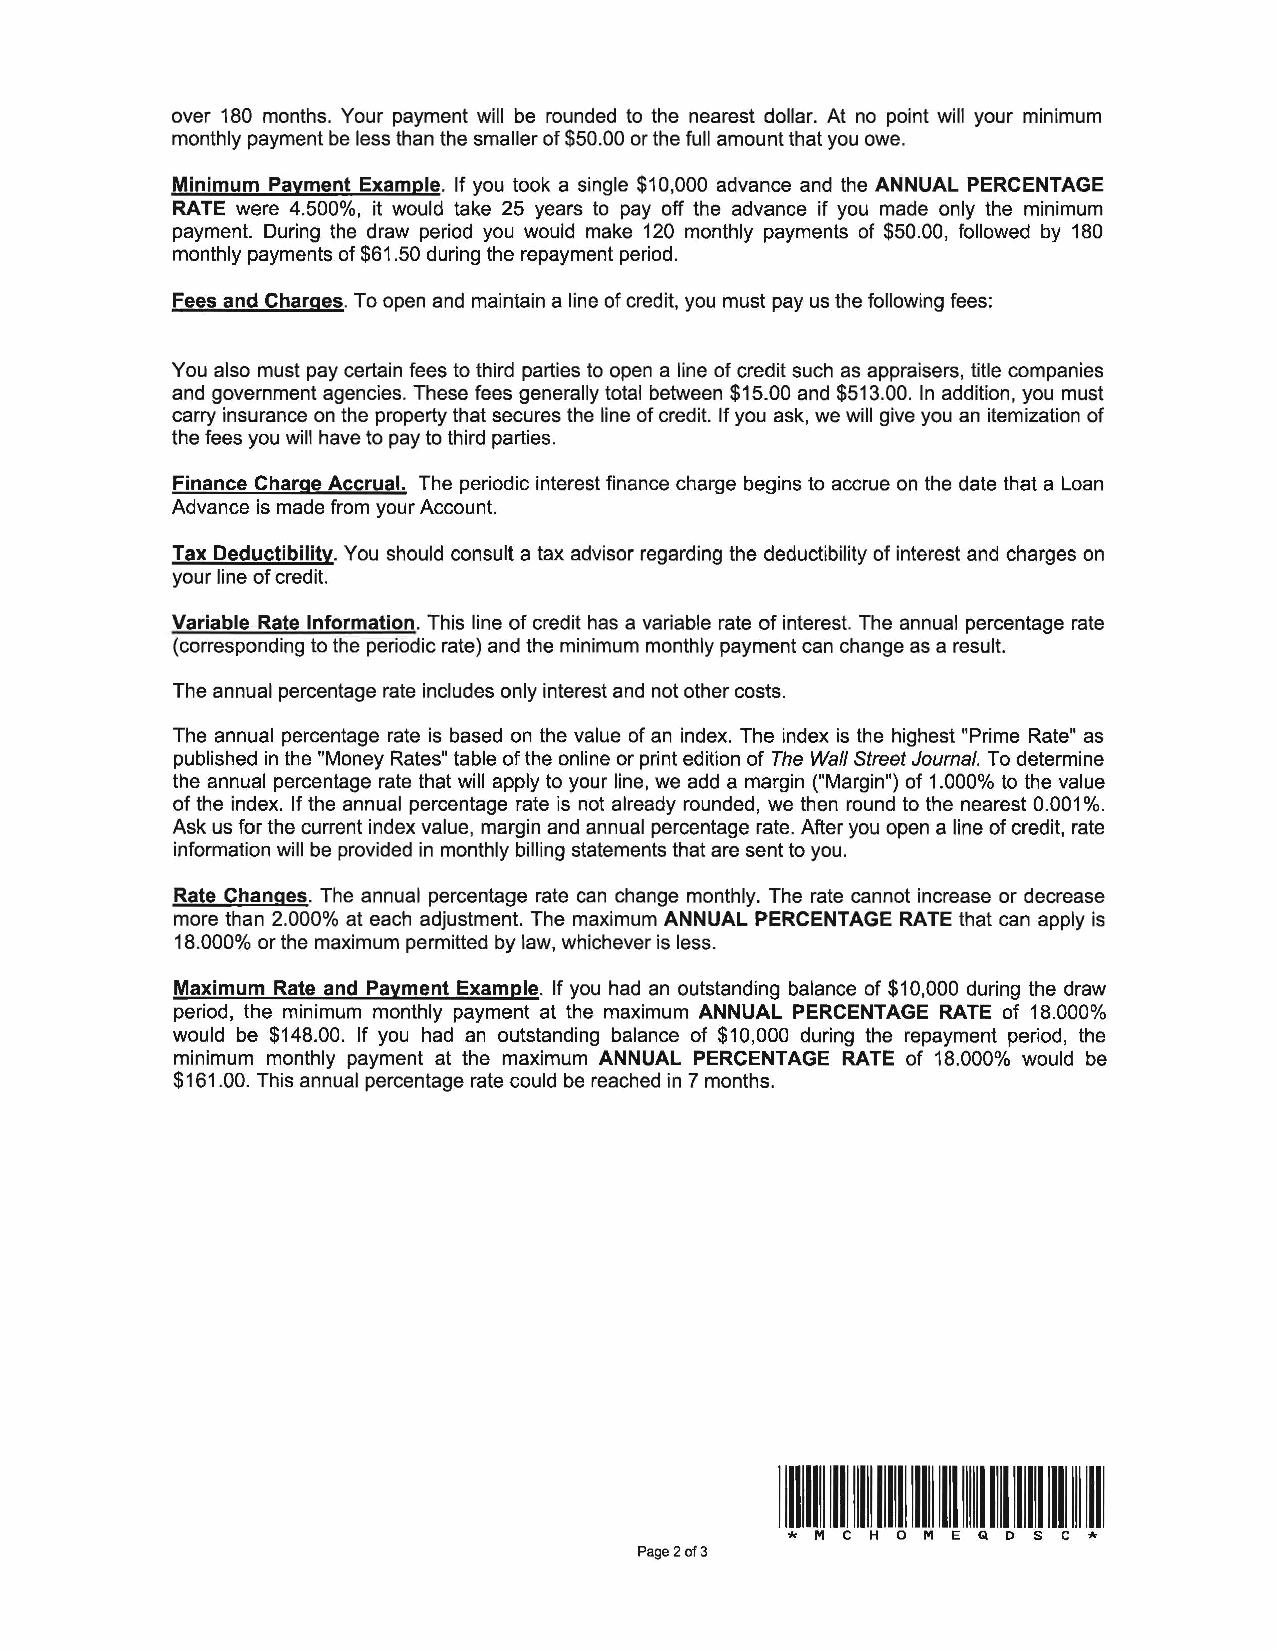
over 180 months. Your payment will be rounded to the nearest dollar. At no point will your minimum
 monthly payment be less than the smaller of $50.00 or the full amount that you owe.
 Minimum Payment Example. If you took a single $10,000 advance and the ANNUAL PERCENTAGE
 RATE were 4.500%, it would take 25 years to pay off the advance if you made only the minimum
 payment. During the draw period you would make 120 monthly payments of $50.00, followed by 180
 monthly payments of $61 .50 during the repayment period.
 Fees and Charges. To open and maintain a line of credit, you must pay us the following fees:
 You also must pay certain fees to third parties to open a line of credit such as appraisers, title companies
 and government agencies. These fees generally total between $15.00 and $513.00. In addition, you must
 carry insurance on the property that secures the line of credit. If you ask, we will give you an itemization of
 the fees you will have to pay to third parties.
 Finance Charge Accrual. The periodic interest finance charge begins to accrue on the date that a Loan
 Advance is made from your Account.
 Tax Deductibility. You should consult a tax advisor regarding the deductibility of interest and charges on
 your line of credit.
 Variable Rate Information. This line of credit has a variable rate of interest. The annual percentage rate
 (corresponding to the periodic rate) and the minimum monthly payment can change as a result.
 The annual percentage rate includes only interest and not other costs.
 The annual percentage rate is based on the value of an index. The index is the highest "Prime Rate" as
 published in the "Money Rates" table of the online or print edition of The Wall Street Journal. To determine
 the annual percentage rate that will apply to your line, we add a margin ("Margin") of 1.000% to the value
 of the index. If the annual percentage rate is not already rounded, we then round to the nearest 0.001 %.
 Ask us for the current index value, margin and annual percentage rate. After you open a line of credit, rate
 information will be provided in monthly billing statements that are sent to you.
 Rate Changes. The annual percentage rate can change monthly. The rate cannot increase or decrease
 more than 2.000% at each adjustment. The maximum ANNUAL PERCENTAGE RATE that can apply is
 18.000% or the maximum permitted by law, whichever is less.
 Maximum Rate and Payment Example. If you had an outstanding balance of $10,000 during the draw
 period, the minimum monthly payment at the maximum ANNUAL PERCENTAGE RATE of 18.000%
 would be $148.00. If you had an outstanding balance of $10,000 during the repayment period, the
 minimum monthly payment at the maximum ANNUAL PERCENTAGE RATE of 18.000% would be
 $161.00. This annual percentage rate could be reached in 7 months.
 Illllllll llll lllll llllll lllll llll llllll llll 11111111111111111
 * M C H O M E Q D S C *
 Page 2 of 3